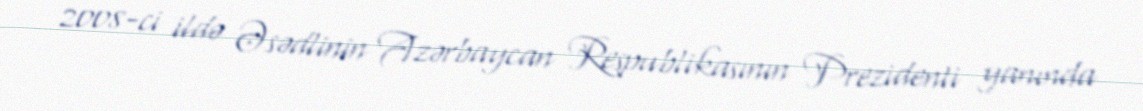
2008-ci ildə Əsədlinin Azərbaycan Respublikasının Prezidenti yanında